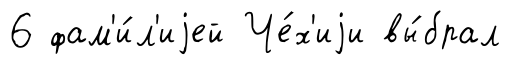
6 фам'и́л'иjей Че́х'иjи вы́брал